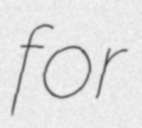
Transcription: for